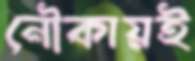
নৌকায়ই